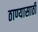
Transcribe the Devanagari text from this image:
ठाण्यासाठी